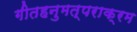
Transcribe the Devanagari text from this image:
गीतहनुमत्पराक्रम